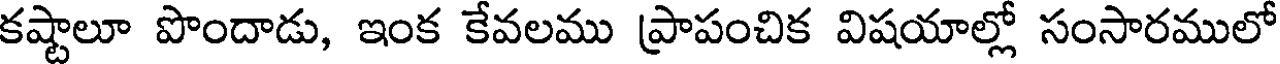
కష్టాలూ పొందాడు, ఇంక కేవలము ప్రాపంచిక విషయాల్లో సంసారములో